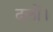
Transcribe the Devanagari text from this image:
दलों।